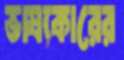
ভাষ্যকারের